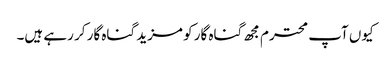
کیوں آپ محترم مجھ گناہ گار کو مزید گناہ گار کر رہے ہیں۔